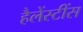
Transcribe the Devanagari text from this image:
हैलेंस्टींस